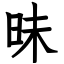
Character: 昧